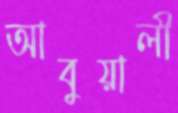
আবুয়ালী